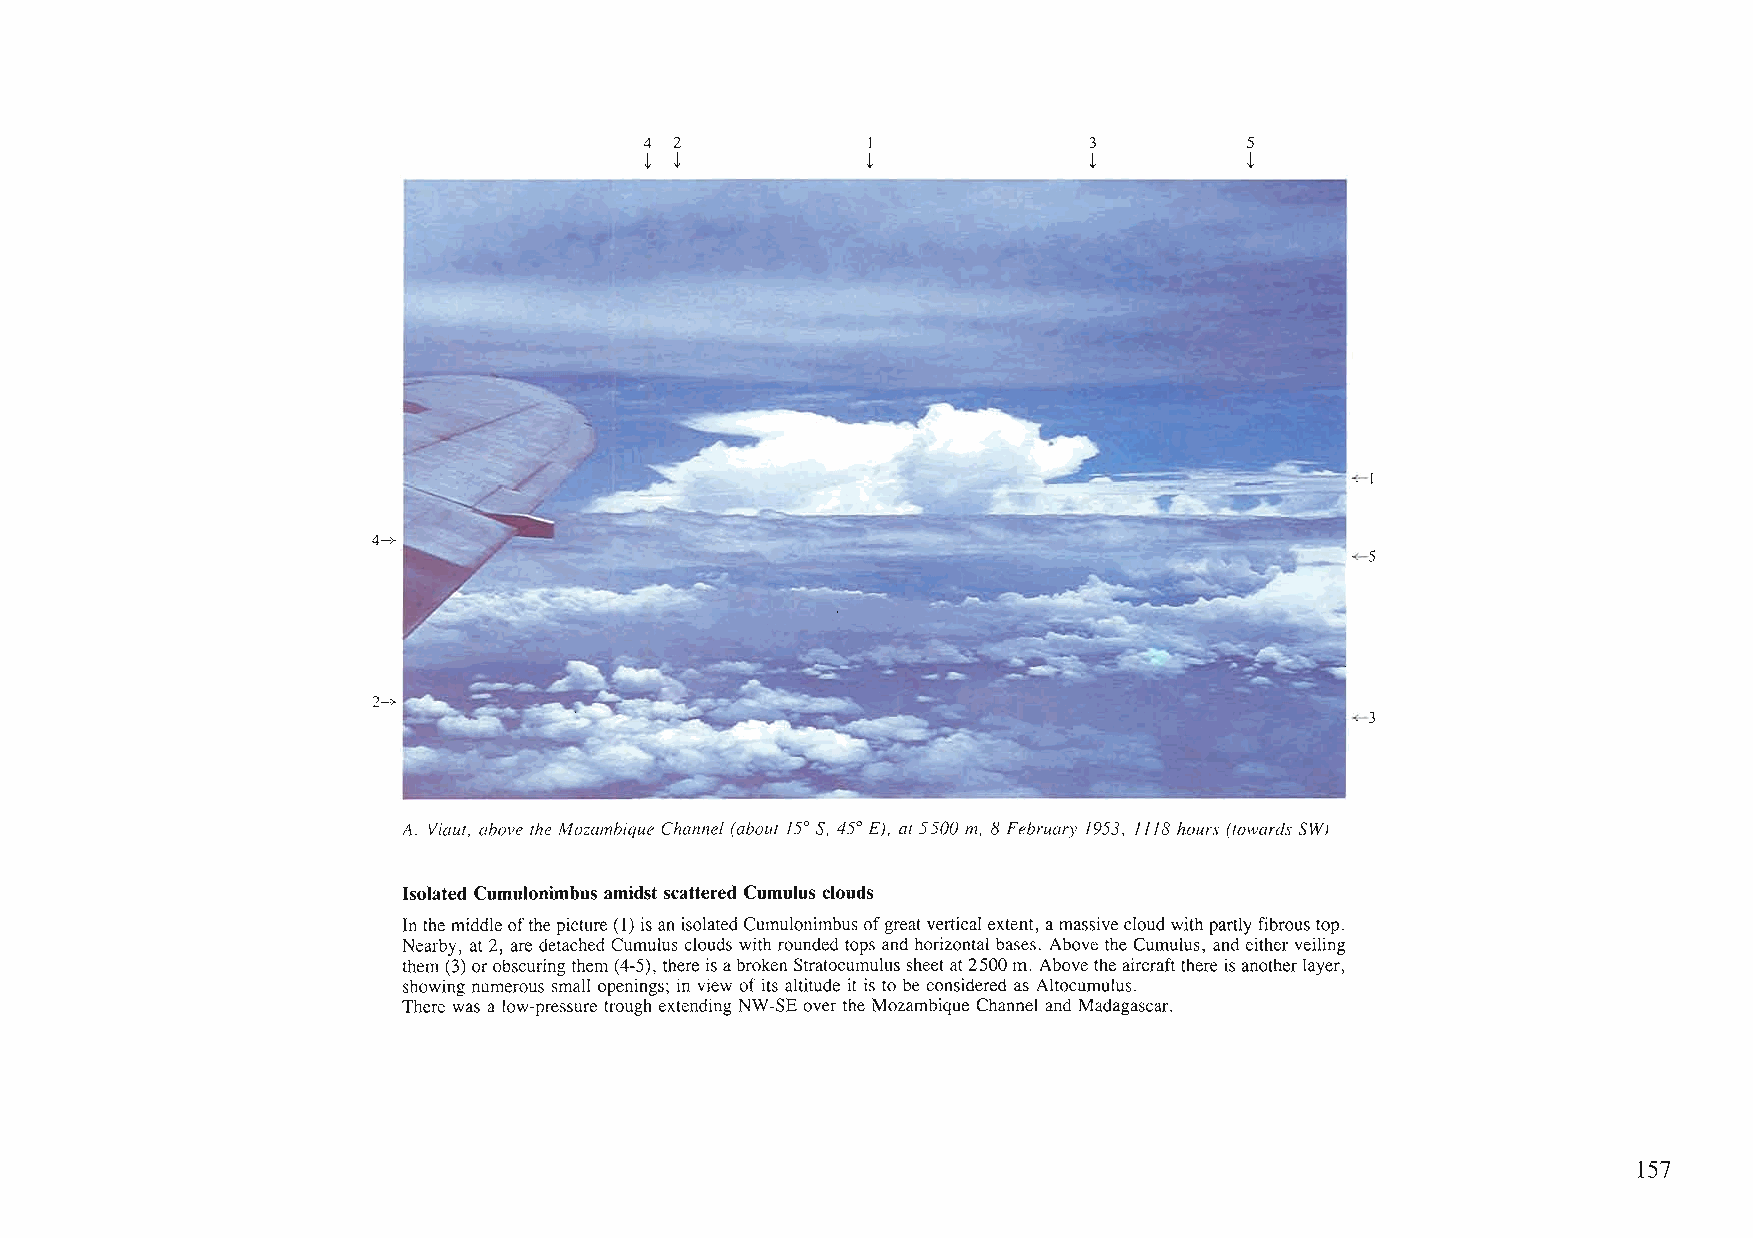
4 2           I              3          5
 t t           t              t          t
 __
 ;;;.~=- I~-l
 4-:>-
 ~-5
 2--+
 +-3
 A. Viaut, above the Mozambique Channel (about 15°S, 45° E), at 5500 m, 8 February 1953, 1118hours (towards SW)
 Isolated Cumulonimbus amidstscattered Cumulus clouds
 Inthemiddleofthepicture (1) isan isolatedCumulonimbusofgreat verticalextent, amassivecloudwithpartlyfibrous top.
 Nearby, at 2, are detachedCumulus clouds with rounded tops and horizontal bases. Above the Cumulus, and eitherveiling
 them(3)orobscuringthem(4-5), thereisabrokenStratocumulus sheetat2500m. Abovetheaircraftthereisanotherlayer,
 showing numerous small openings; in view ofits altitude it is to be considered as Altocumulus.
 There was a low-pressure trough extending NW-SE overthe Mozambique Channel and Madagascar.
 157